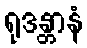
ရုဒန္တာနံ